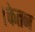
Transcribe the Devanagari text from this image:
।केतन